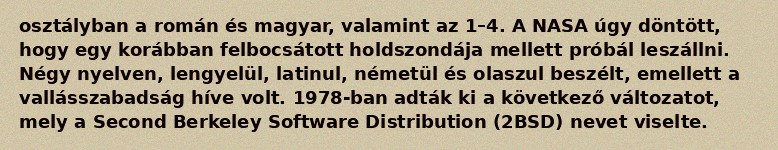
osztályban a román és magyar, valamint az 1–4. A NASA úgy döntött, hogy egy korábban felbocsátott holdszondája mellett próbál leszállni. Négy nyelven, lengyelül, latinul, németül és olaszul beszélt, emellett a vallásszabadság híve volt. 1978-ban adták ki a következő változatot, mely a Second Berkeley Software Distribution (2BSD) nevet viselte.